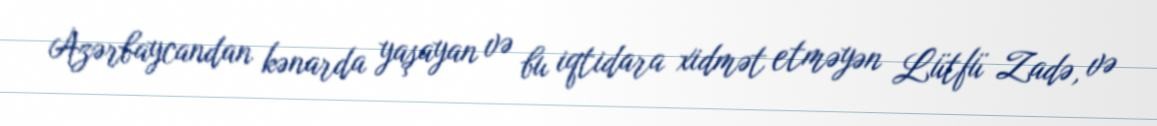
Azərbaycandan kənarda yaşayan və bu iqtidara xidmət etməyən Lütfü Zadə, və